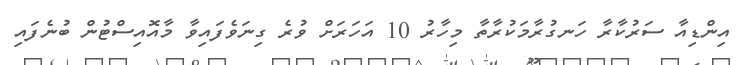
އިންޑިއާ ސަރުކާރާ ހަނގުރާމަކުރާތާ މިހާރު 10 އަހަރަށް ވުރެ ގިނަވެފައިވާ މާއޮއިސްޓުން ބުނެފައި